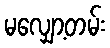
မလျှော့တမ်း